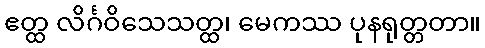
ဧတ္ထ လိင်္ဂဝိသေသတ္ထ၊ မေကဿ ပုနရုတ္တတာ။